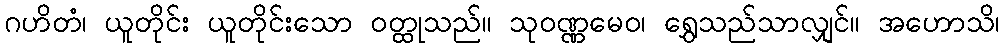
ဂဟိတံ၊ ယူတိုင်း ယူတိုင်းသော ဝတ္ထုသည်။ သုဝဏ္ဏမေဝ၊ ရွှေသည်သာလျှင်။ အဟောသိ၊